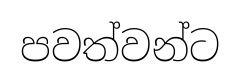
පවත්වන්ට